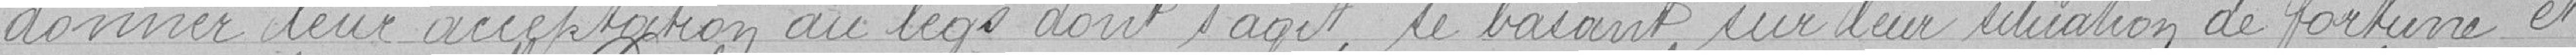
donner leur acceptation au legs dont s'agit, se basant sur leur situation de fortune et